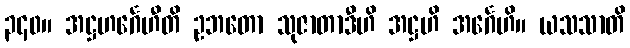
၃၄၀။ အဋ္ဌဟင်္ဂေဟီတိ ဥဘတော သုဇာတာဒီဟိ အဋ္ဌဟိ အင်္ဂေဟိ။ ယသသာတိ